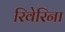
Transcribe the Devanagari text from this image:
रिवेरिना